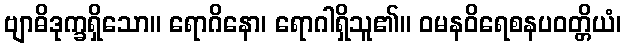
ဗျာဓိဒုက္ခရှိသော။ ရောဂိနော၊ ရောဂါရှိသူ၏။ ဝမနဝိရေစနပဝတ္တိယံ၊